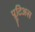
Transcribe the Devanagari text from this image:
प्लूटिअस